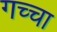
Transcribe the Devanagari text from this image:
गच्चा